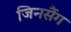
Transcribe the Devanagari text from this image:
जिनसैंग